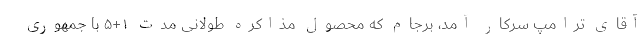
آقای ترامپ سرکار آمد، برجام که محصول مذاکره طولانی مدت ۱+۵ با جمهوری